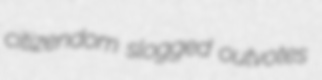
citizendom slogged outvotes